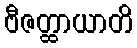
ဗီဇတ္ထာယာတိ